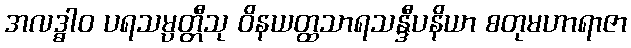
အလဒ္ဓါဝ ပရသမ္ပတ္တီသု ဝိနယတ္ထသာရသန္ဒီပနိယာ စတုမဟာရာဇာ